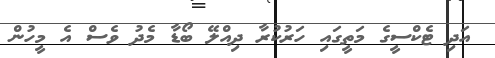
އަދި ޓެކްސީގެ މަތީގައި ހަރުކުރާ ދިއްލޭ ބޯޑާ މެދު ވެސް އެ މީހުން